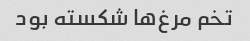
تخم مرغ‌ها شکسته بود